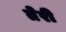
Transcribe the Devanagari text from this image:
तेेरी